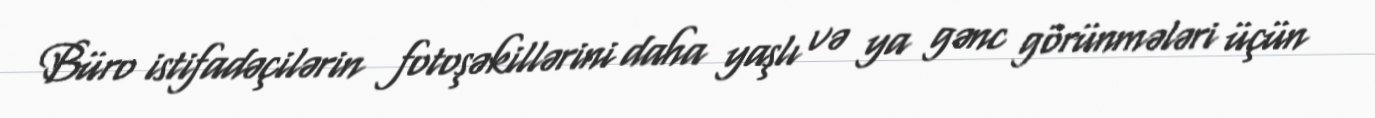
Büro istifadəçilərin fotoşəkillərini daha yaşlı və ya gənc görünmələri üçün